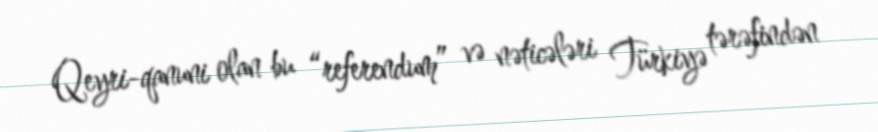
Qeyri-qanuni olan bu “referendum” və nəticələri Türkiyə tərəfindən